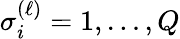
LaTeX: \sigma_{i}^{(\ell)}=1,\ldots,Q